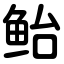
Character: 鲐